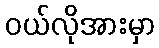
ဝယ်လိုအားမှာ